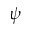
\psi